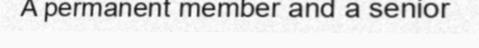
A permanent member and a senior